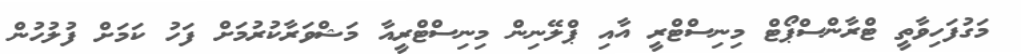
މަގުފަހިވާތީ ޓްރާންސްޕޯޓް މިނިސްޓްރީ އާއި ޕްލޭނިން މިނިސްޓްރީއާ މަޝްވަރާކުރުމަށް ފަހު ކަމަށް ފުލުހުން